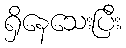
ရှိနေသေးပြီး